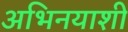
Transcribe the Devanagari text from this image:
अभिनयाशी